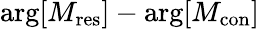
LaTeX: {\arg}[M_{\mathrm{{res}}}]-{\arg}[M_{\mathrm{{con}}}]